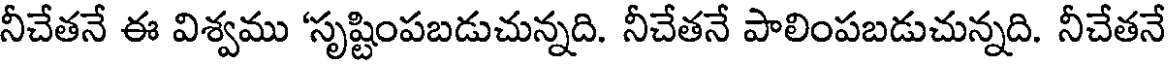
నీచేతనే ఈ విశ్వము 'సృష్టింపబడుచున్నది. నీచేతనే పాలింపబడుచున్నది. నీచేతనే